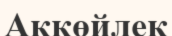
Ақкөйлек